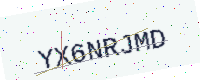
Text: YX6NRJMD